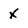
Character: x